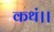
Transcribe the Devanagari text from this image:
कथं।।